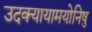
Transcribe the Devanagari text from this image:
उदक्यायामयोनिषु